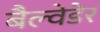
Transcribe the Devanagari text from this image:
बैल्वेडेर